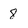
Character: 8